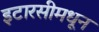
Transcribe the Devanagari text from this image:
इटारसीमधून